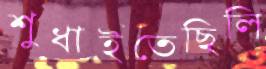
শুধাইতেছিলি